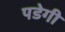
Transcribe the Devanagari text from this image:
पडेगी